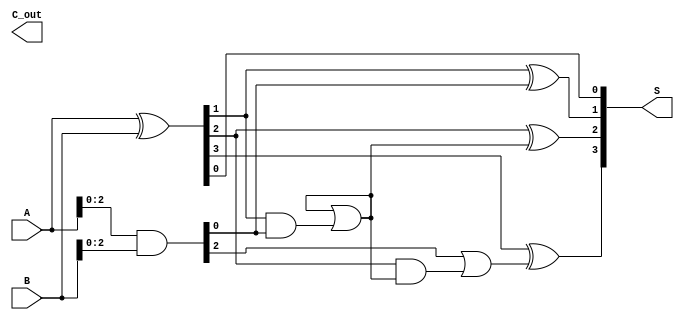
module ParallelPrefixAdder #(parameter N = 4) (
    input  [N-1:0] A,      // First n-bit input
    input  [N-1:0] B,      // Second n-bit input
    output [N-1:0] S,      // n-bit sum output
    output        C_out     // Carry out
);

    // Generate and Propagate signals
    wire [N-1:0] G; // Generate signals
    wire [N-1:0] P; // Propagate signals
    wire [N:0] C;    // Carry signals

    // Generate and Propagate calculations
    assign G = A & B;          // G_i = A_i * B_i
    assign P = A ^ B;          // P_i = A_i XOR B_i

    // Carry signals initialization
    assign C[0] = 1'b0; // C_0 is typically 0

    // Kogge-Stone Prefix Network for carry generation
    genvar i, j;
    generate
        // Level 1
        for (i = 0; i < N-1; i = i + 1) begin : level1
            assign C[i+1] = G[i] | (P[i] & C[i]);
        end

        // Level 2
        for (i = 0; i < N-2; i = i + 2) begin : level2
            assign C[i+2] = G[i+1] | (P[i+1] & C[i]);
        end

        // Level 3
        for (i = 0; i < N-4; i = i + 4) begin : level3
            assign C[i+4] = G[i+3] | (P[i+3] & C[i]);
        end
    endgenerate

    // Sum calculation
    generate
        for (j = 0; j < N; j = j + 1) begin : sum
            assign S[j] = P[j] ^ C[j]; // S_i = P_i XOR C_{i-1}
        end
    endgenerate

    // Final carry out
    assign C_out = C[N];

endmodule